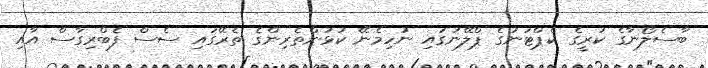
ބާސެލޯނާގެ ކުރީގެ ކެޕްޓަނުގެ ޕްލޭނުގައި ނުހިމެނޭ ކުޅުންތެރިންގެ ތެރޭގައި ސެސް ފެބްރިގާސް އާއި